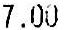
7.00